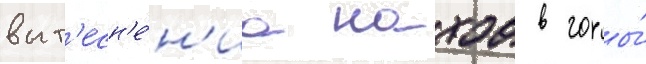
выт'есн'е́н'иа нахов в горы́